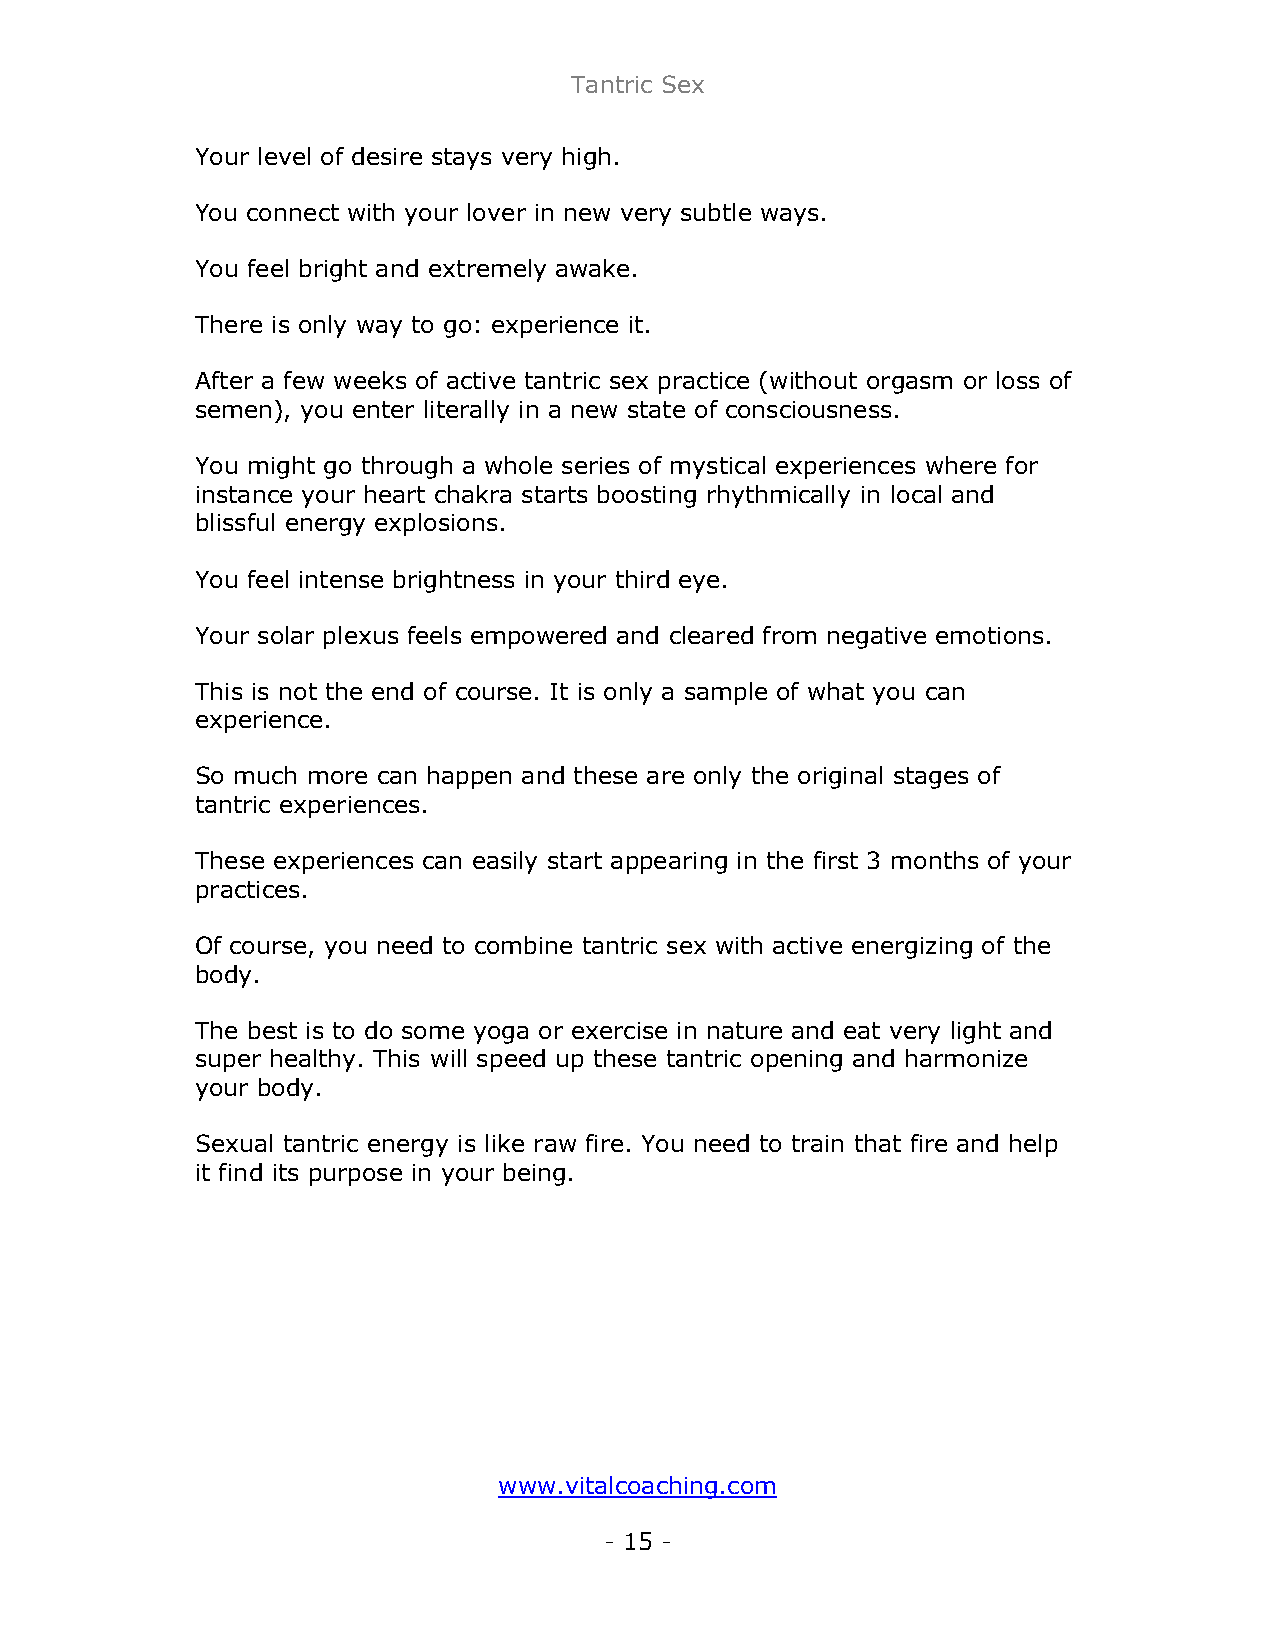
Tantric Sex
 Your level of desire stays very high.
 You connect with your lover in new very subtle ways.
 You feel bright and extremely awake.
 There is only way to go: experience it.
 After a few weeks of active tantric sex practice (without orgasm or loss of
 semen), you enter literally in a new state of consciousness.
 You might go through a whole series of mystical experiences where for
 instance your heart chakra starts boosting rhythmically in local and
 blissful energy explosions.
 You feel intense brightness in your third eye.
 Your solar plexus feels empowered and cleared from negative emotions.
 This is not the end of course. It is only a sample of what you can
 experience.
 So much more can happen and these are only the original stages of
 tantric experiences.
 These experiences can easily start appearing in the first 3 months of your
 practices.
 Of course, you need to combine tantric sex with active energizing of the
 body.
 The best is to do some yoga or exercise in nature and eat very light and
 super healthy. This will speed up these tantric opening and harmonize
 your body.
 Sexual tantric energy is like raw fire. You need to train that fire and help
 it find its purpose in your being.
 www.vitalcoaching.com
 - 15 -